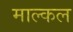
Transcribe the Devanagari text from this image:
माल्कल